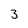
Character: 3